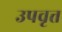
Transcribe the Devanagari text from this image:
उपवृत्त